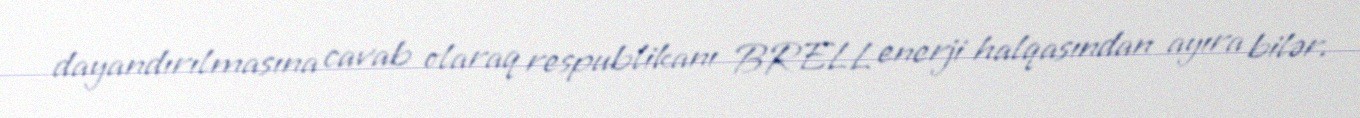
dayandırılmasına cavab olaraq respublikanı BRELL enerji halqasından ayıra bilər.